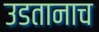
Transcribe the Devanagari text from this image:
उडतानाच